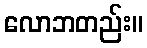
လောဘတည်း။